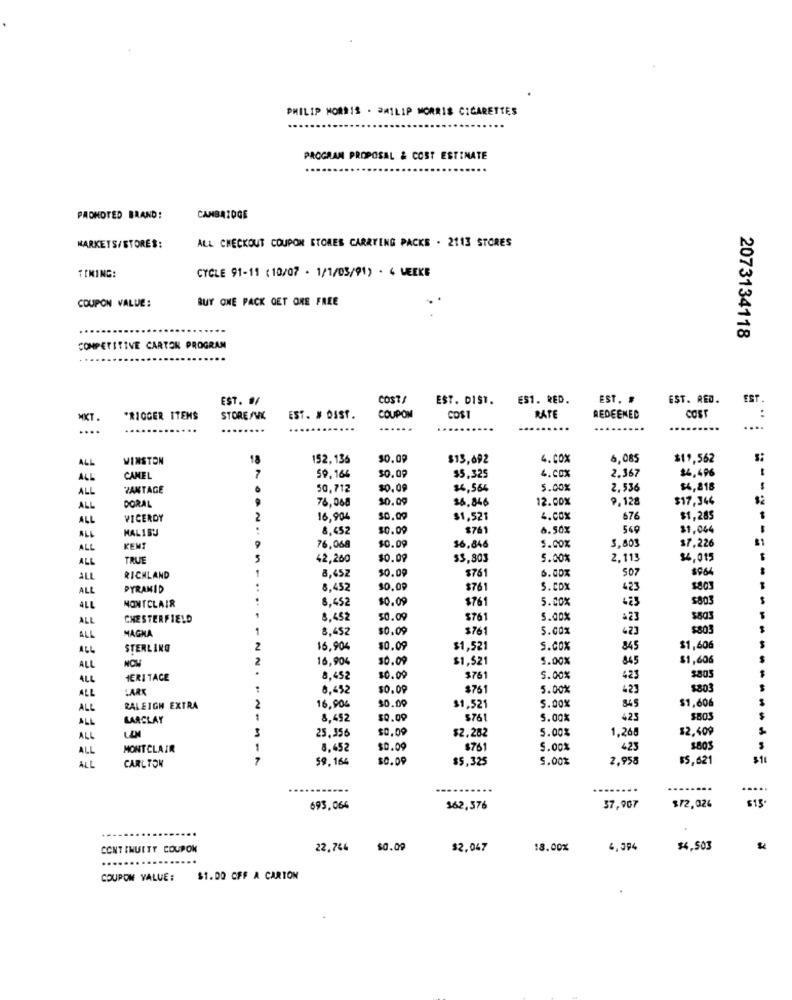
PHILIP MORRIS . PHILIP MORRIS CIGARETTES
PROGRAM PROPOSAL & COST ESTIMATE
PROMOTED BRAND!
CAMBRIDGE
ALL CHECKOUT COUPON STORES CARRYING PACKS . 2113 STORES
MARKETS/STORES:
TIMING:
CYCLE 91-11 ( 10/07 . 1/7/03/91) . 4 LEEKE
BUY ONE PACK GET ONE FREE
COUPON VALUE:
2073134118
COMPETITIVE CARTON PROGRAM
EST. 9/
COST
EST. DIST.
ES1. RED.
EST. #
EST. RED.
EST.
MKT.
*RIGGER ITEMS
STORE /WK
EST. # OSST.
COUPON
COST
RATE
REDEEMED
COST
:
....
...
...
......
....
WINSTON
152, 136
$0.0
$13,692
4.COX
6,085
$11,562
2.367
$4,496
ALL
CAMEL
39,166
$0.09
$5,325
4.CO%
ALL
ZANTAGE
50,712
$0.09
$4,564
5.00%
2,536
$4,818
---
DORAL
76,068
0.09
36.846
12.00%
9,128
$17,344
ALL
ALL
VICEROY
16,904
$0.09
$1,521
4.CO%
676
$1,285
MALIBU
8,452
$0.00
$761
6.50%
569
$1,044
ALL
$0.09
ALL
KEM
76,068
16,846
5.00%
5,803
$7.226
ALL
TRUE
42,260
10.09
$3,803
5.30%
2.113
$4,015
8,45Z
$0.09
$761
6.00%
507
$964
ALL
RICHLAND
ALL
PYRAMID
8,452
$0.09
$761
S.Cox
423
$803
8,452
$0.09
$761
5.00%
$803
ALL
MONTCLAIR
423
ALL
CHESTERFIELD
8,452
50.09
$761
5.00%
523
$803
MAGNA
8,452
$0.09
$761
5.00%
423
$803
ALL
STERLING
2
16,90
$0.09
$1,521
S.COX
845
$1,606
2
16,904
30.09
$1,521
5.00%
845
$1,606
ALL
ALL
HERITAGE
8.452
$0.09
$761
5.00%
423
$805
ALL
LARK
8,452
$0.00
$761
5.00%
423
$803
90.00
845
$1,606
ALL
RALEIGH EXTRA
2
16,90€
$1,521
5.00%
ALL
BARCLAY
8,492
$0.09
$761
5.00%
423
3
25.356
$0.09
$2.282
5.00%
1.260
$2,409
ALL
ALL
MONTCLAIR
1
8.452
$0.09
$761
5.00%
423
$803
ALL
CARLTON
A
59.164
$0.09
$5,325
5.00%
2,958
$5,621
$11
693,064
162,576
37,907
$/2,026
CONTINUITY COUPON
22,764
$0.00
$2.047
18.00%
$4,503
COUPON VALUE:
$1.00 OFF A CARTON